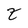
Character: z